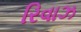
રિવાઝ